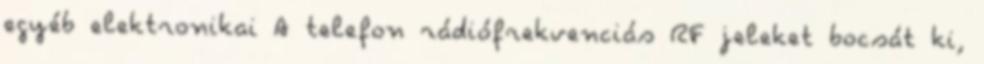
egyéb elektronikai A telefon rádiófrekvenciás RF jeleket bocsát ki,